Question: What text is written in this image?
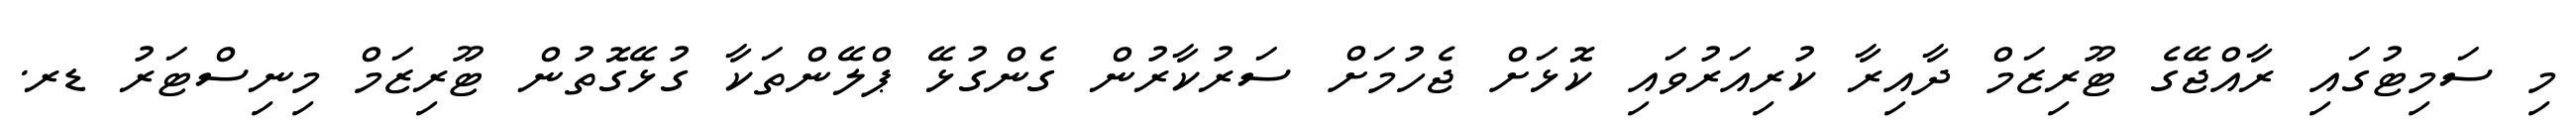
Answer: މި ސަމިޓުގައި ރާއްޖޭގެ ޓޫރިޒަމް ދާއިރާ ކުރިއަރުވައި ކޮޅަށް ޖެހުމަށް ސަރުކާރުން ގެންގުޅޭ ޕްލޭންތަކާ ގުޅޭގޮތުން ޓޫރިޒަމް މިނިސްޓަރު ޑރ.